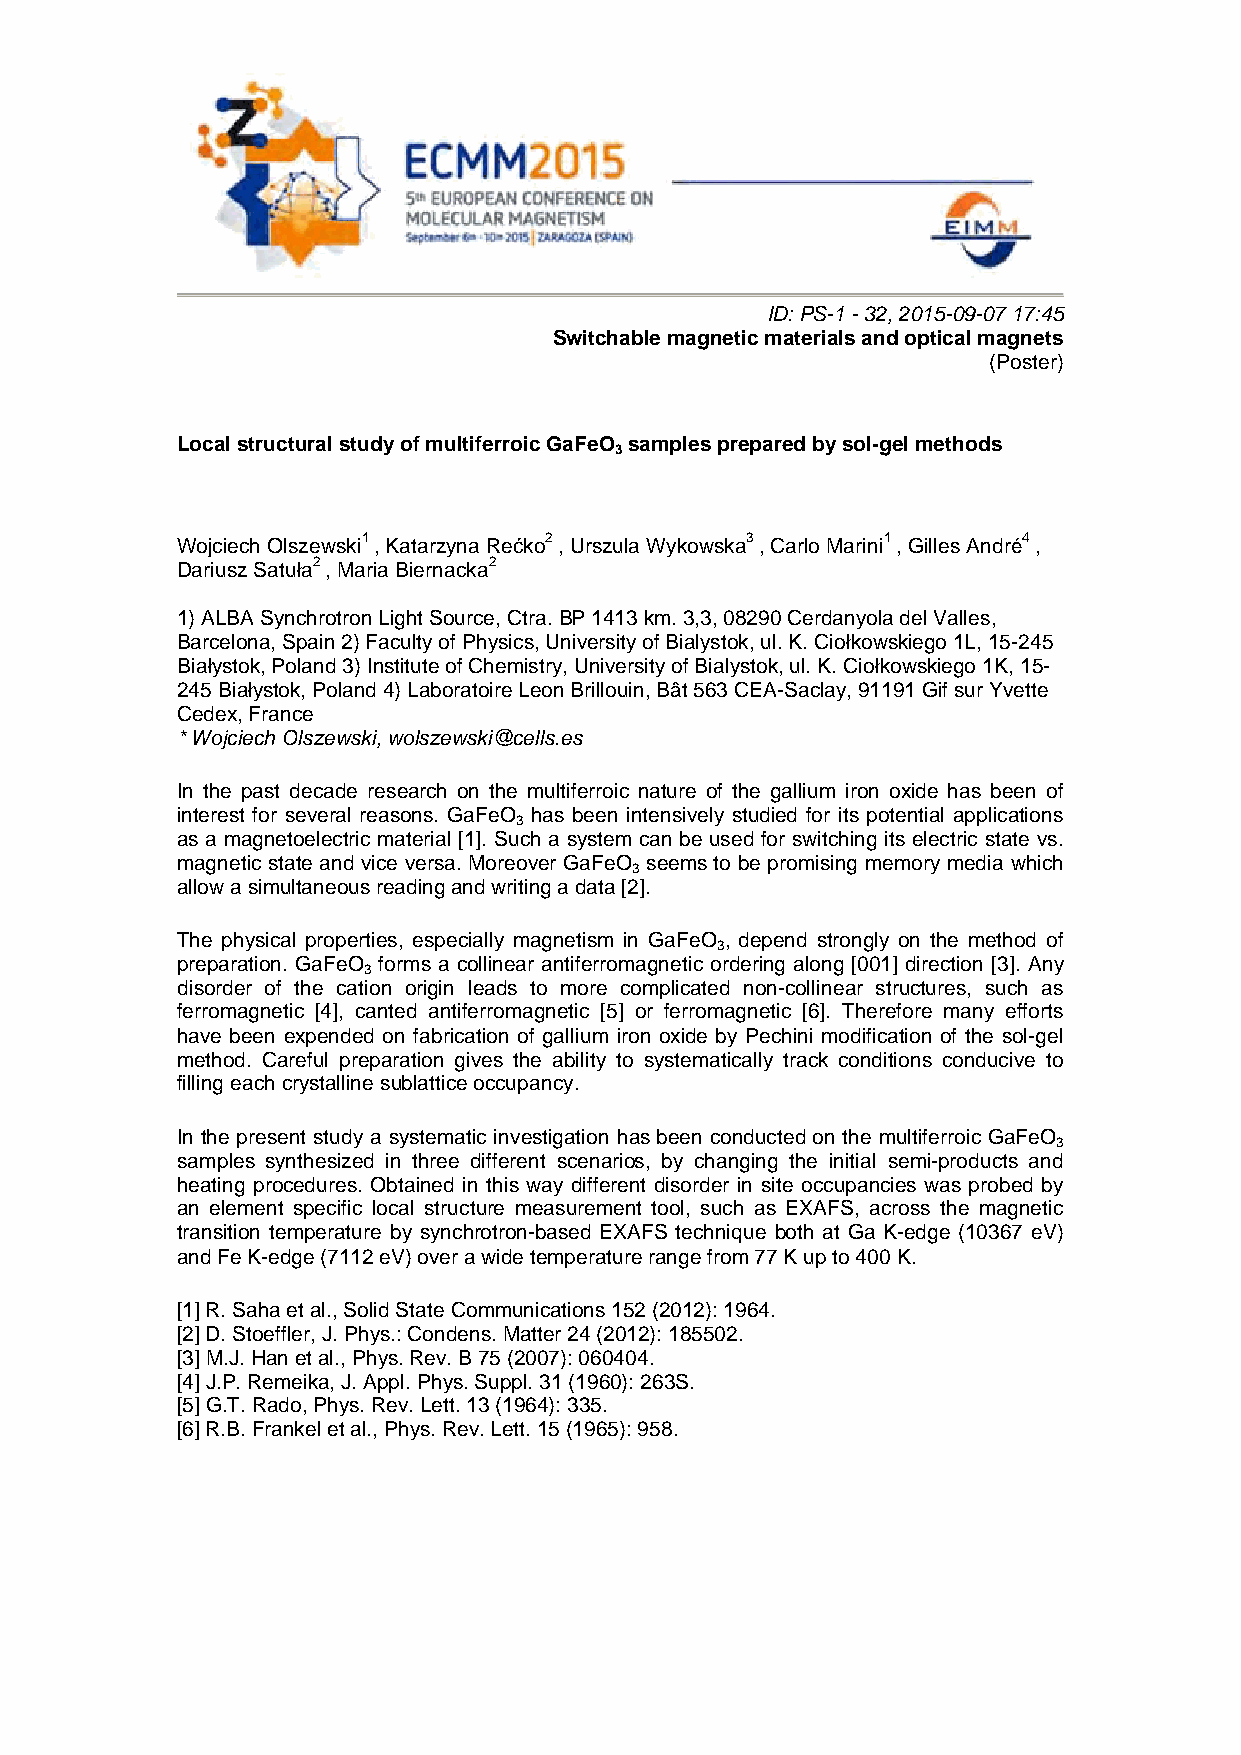
ID: PS-1 - 32, 2015-09-07 17:45
 Switchable magnetic materials and optical magnets
 (Poster)
 Local structural study of multiferroic GaFeO samples prepared by sol-gel methods
 3
 Wojciech Olszewski1 , Katarzyna Rećko2 , Urszula Wykowska3 , Carlo Marini1 , Gilles André4 ,
 Dariusz Satuła2 , Maria Biernacka2
 1) ALBA Synchrotron Light Source, Ctra. BP 1413 km. 3,3, 08290 Cerdanyola del Valles,
 Barcelona, Spain 2) Faculty of Physics, University of Bialystok, ul. K. Ciołkowskiego 1L, 15-245
 Białystok, Poland 3) Institute of Chemistry, University of Bialystok, ul. K. Ciołkowskiego 1K, 15-
 245 Białystok, Poland 4) Laboratoire Leon Brillouin, Bât 563 CEA-Saclay, 91191 Gif sur Yvette
 Cedex, France
 * Wojciech Olszewski, wolszewski@cells.es
 In the past decade research on the multiferroic nature of the gallium iron oxide has been of
 interest for several reasons. GaFeO has been intensively studied for its potential applications
 3
 as a magnetoelectric material [1]. Such a system can be used for switching its electric state vs.
 magnetic state and vice versa. Moreover GaFeO seems to be promising memory media which
 3
 allow a simultaneous reading and writing a data [2].
 The physical properties, especially magnetism in GaFeO , depend strongly on the method of
 3
 preparation. GaFeO forms a collinear antiferromagnetic ordering along [001] direction [3]. Any
 3
 disorder of the cation origin leads to more complicated non-collinear structures, such as
 ferromagnetic [4], canted antiferromagnetic [5] or ferromagnetic [6]. Therefore many efforts
 have been expended on fabrication of gallium iron oxide by Pechini modification of the sol-gel
 method. Careful preparation gives the ability to systematically track conditions conducive to
 filling each crystalline sublattice occupancy.
 In the present study a systematic investigation has been conducted on the multiferroic GaFeO
 3
 samples synthesized in three different scenarios, by changing the initial semi-products and
 heating procedures. Obtained in this way different disorder in site occupancies was probed by
 an element specific local structure measurement tool, such as EXAFS, across the magnetic
 transition temperature by synchrotron-based EXAFS technique both at Ga K-edge (10367 eV)
 and Fe K-edge (7112 eV) over a wide temperature range from 77 K up to 400 K.
 [1] R. Saha et al., Solid State Communications 152 (2012): 1964.
 [2] D. Stoeffler, J. Phys.: Condens. Matter 24 (2012): 185502.
 [3] M.J. Han et al., Phys. Rev. B 75 (2007): 060404.
 [4] J.P. Remeika, J. Appl. Phys. Suppl. 31 (1960): 263S.
 [5] G.T. Rado, Phys. Rev. Lett. 13 (1964): 335.
 [6] R.B. Frankel et al., Phys. Rev. Lett. 15 (1965): 958.